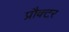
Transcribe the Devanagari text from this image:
प्रौक्टर